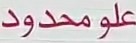
علو-مدود